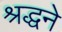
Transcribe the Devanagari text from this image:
श्रद्धने